Annual vaccination report of Bihar and Orissa - 1911-1928
Year: 1911
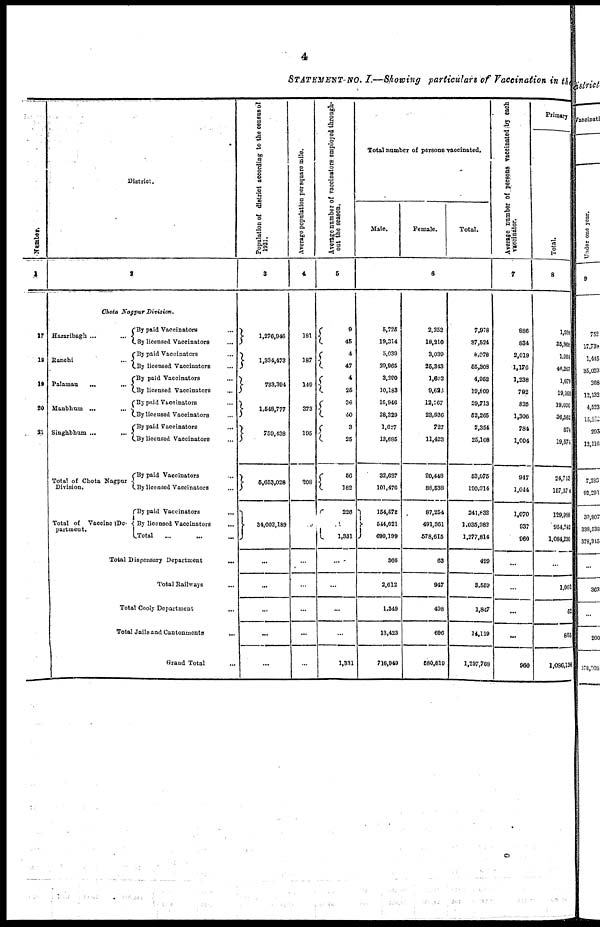
4
STATEMENT NO. I.—Showing particulars of Vaccination in the
Number.
1
17
18
19
20
21
District.
2
Chota Nagpur
Division.
Hazaribagh...
...
Ranchi...
...
Palamau...
...
Manbhum
...
...
Singhbhum ...
...
Total of Chota Nagpur
Division.
Total of Vaccine De-
partment.
By paid Vaccinators...
By licensed Vaccinators...
By paid Vaccinators... ...
By licensed Vaccinators ... ...
By paid Vaccinators... ...
By licensed Vaccinators... ...
By paid Vaccinators... ...
By licensed Vaccinators ... ...
By paid Vaccinators... ...
By licensed Vaccinators... ...
By paid Vaccinators... ...
By licensed Vaccinators... ...
By paid Vaccinators... ...
By licensed Vaccinators... ...
Total...
Total Dispensary Department
...
Total Railways... ...
Total Cooly Department... ...
Total Jails and Cantonments... ...
Grand Total...
Population of district according to the census of
1921.
3
1,276,946
1,334,473
733,394
1,548,777
759,438
6,653,028
34,002,189
...
...
...
...
...
Average population per square mile.
4
181
187
149
373
195
208
...
...
...
...
...
...
Average number of vaccinators employed through-
out the season.
5
9
46
4
47
4
26
36
40
3
25
56
182
226
1,331
...
...
...
...
1,331
Total number of persons vaccinated.
Male.
Female.
Total.
6
5,725
19,314
5,039
29,965
3,280
10,183
16,946
28,329
1,627
13,685
32,027
101,476
164,678
544,621
699,199
366
2,612
1,349
13,423
716,949
2,253
18,210
3,039
26,343
1,603
9,628
12,767
23,936
727
11,423
20,448
88,538
87,254
491,361
678,615
63
947
498
696
580,819
7,978
37,524
8,078
55,308
4,952
19,809
29,713
52,265
2,354
25,108
53,075
190,014
241,832
1,035,983
1,277,814
429
3,559
1,847
14,119
1,297,768
Average number of persons vaccinated the each
vaccinator.
7
886
834
2,019
1,176
1,238
792
825
1,306
784
1,004
947
1,044
1,070
937
960
...
...
...
...
960
Primary
Total.
8
1,336
35,868
1,994
46,267
1,079
19,103
19,030
36,562
674
19,574
24,713
157,374
129,988
954,242
1,084,230
...
1,001
52
855
1,086,138